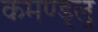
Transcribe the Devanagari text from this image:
कमण्ड्लु